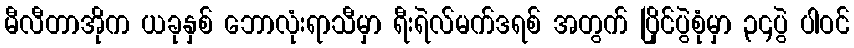
မီလီတာအိုက ယခုနှစ် ဘောလုံးရာသီမှာ ရီးရဲလ်မက်ဒရစ် အတွက် ပြိုင်ပွဲစုံမှာ ၃၄ပွဲ ပါဝင်